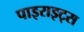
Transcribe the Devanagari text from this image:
पाइराइट्स